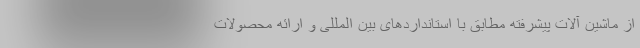
از ماشین آلات پیشرفته مطابق با استانداردهای بین المللی و ارائه محصولات